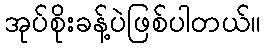
အုပ်စိုးခန့်ပဲဖြစ်ပါတယ်။